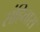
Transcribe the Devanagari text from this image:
संहितास